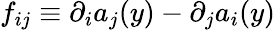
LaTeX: f_{ij}\equiv\partial_{i}a_{j}(y)-\partial_{j}a_{i}(y)